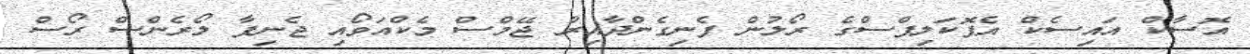
އޮސާކް އައިސެކް އެޕޮކަލިޕްސްގެ ރޯލުން ފެނިގެންދާއިރު ޖޭމްސް މެކްއަވޯއި ޖެނިފާ ލޯރެންސް ރޯސް